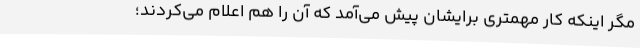
مگر اینکه کار مهمتری برایشان پیش می‌آمد که آن را هم اعلام می‌کردند؛